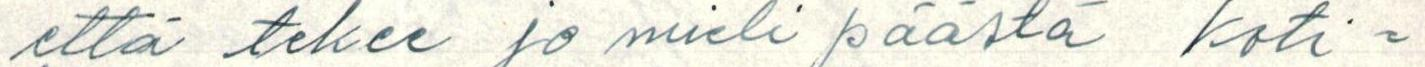
että tekee jo mieli päästä koti=